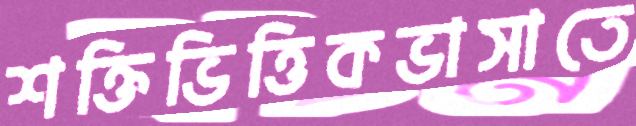
শক্তিভিত্তিকভাসাতে